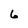
Character: 6